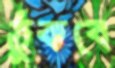
ঠুকবে